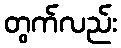
တွက်လည်း